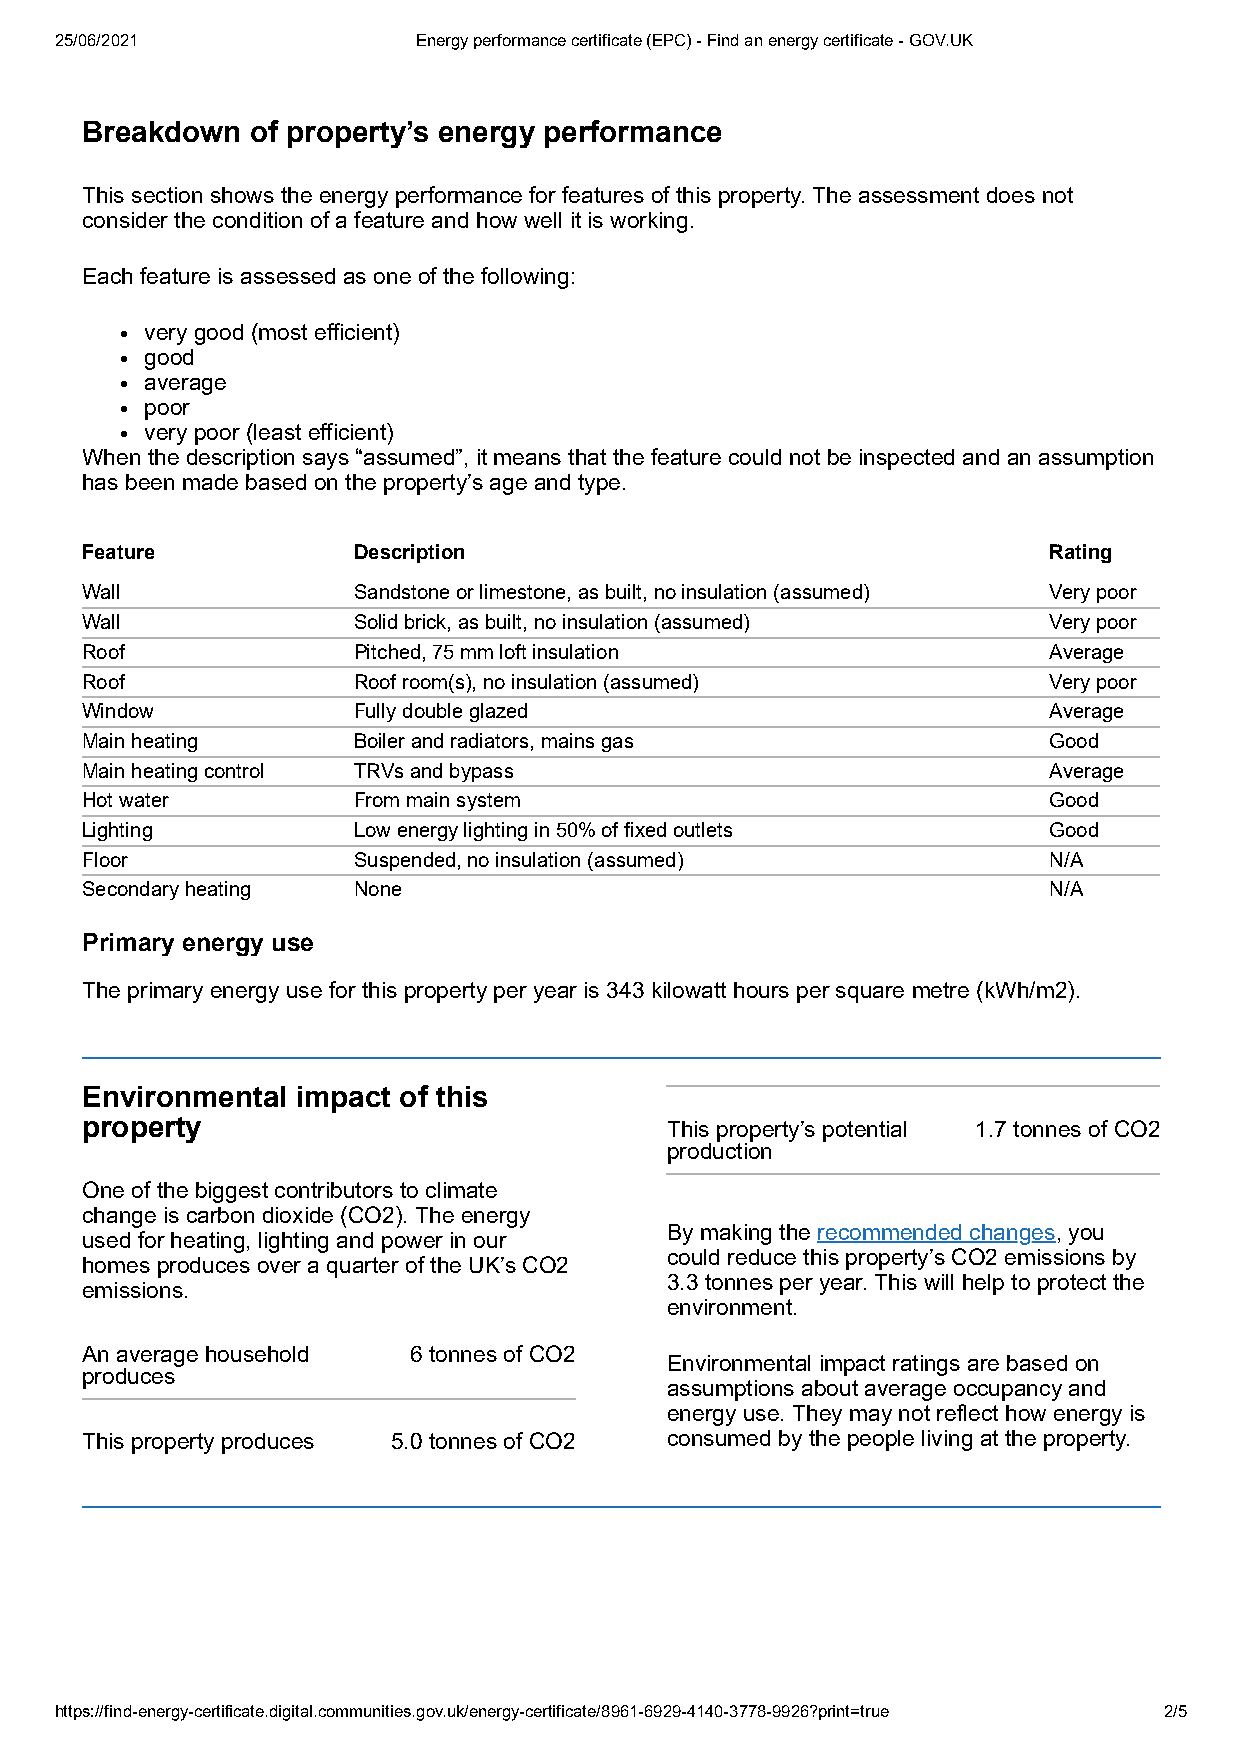
25/06/2021              Energy performance certificate (EPC) - Find an energy certificate - GOV.UK
 Breakdown   of property’s energy performance
 This section shows the energy performance for features of this property. The assessment does not
 consider the condition of a feature and how well it is working.
 Each feature is assessed as one of the following:
 very good (most efficient)
 good
 average
 poor
 very poor (least efficient)
 When the description says “assumed”, it means that the feature could not be inspected and an assumption
 has been made based on the property’s age and type.
 Feature           Description                                   Rating
 Wall              Sandstone or limestone, as built, no insulation (assumed) Very poor
 Wall              Solid brick, as built, no insulation (assumed) Very poor
 Roof              Pitched, 75 mm loft insulation                Average
 Roof              Roof room(s), no insulation (assumed)         Very poor
 Window            Fully double glazed                           Average
 Main heating      Boiler and radiators, mains gas               Good
 Main heating control TRVs and bypass                            Average
 Hot water         From main system                              Good
 Lighting          Low energy lighting in 50% of fixed outlets   Good
 Floor             Suspended, no insulation (assumed)            N/A
 Secondary heating None                                          N/A
 Primary energy use
 The primary energy use for this property per year is 343 kilowatt hours per square metre (kWh/m2).
 Environmental  impact of this
 property                               This property’s potential 1.7 tonnes of CO2
 production
 One of the biggest contributors to climate
 change is carbon dioxide (CO2). The energy
 By making the recommended changes, you
 used for heating, lighting and power in our
 could reduce this property’s CO2 emissions by
 homes produces over a quarter of the UK’s CO2
 3.3 tonnes per year. This will help to protect the
 emissions.
 environment.
 An average household  6 tonnes of CO2
 Environmental impact ratings are based on
 produces
 assumptions about average occupancy and
 energy use. They may not reflect how energy is
 This property produces 5.0 tonnes of CO2 consumed by the people living at the property.
 https://find-energy-certificate.digital.communities.gov.uk/energy-certificate/8961-6929-4140-3778-9926?print=true 2/5